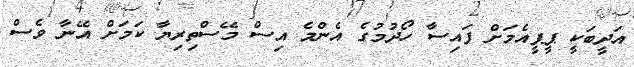
އަދީބަކީ ޕީޕީއެމަށް ފައިސާ ހޯދުމުގެ އެންމެ އިސް މޭސްތިރިޔާ ކަމަށް އޭނާ ވެސް